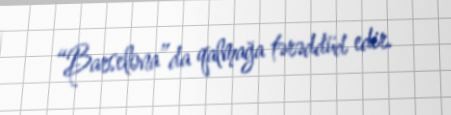
“Barselona”da qalmağa tərəddüd edir.